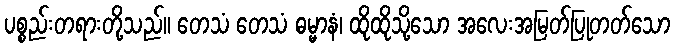
ပစ္စည်းတရားတို့သည်။ တေသံ တေသံ ဓမ္မာနံ၊ ထိုထိုသို့သော အလေးအမြတ်ပြုတတ်သော